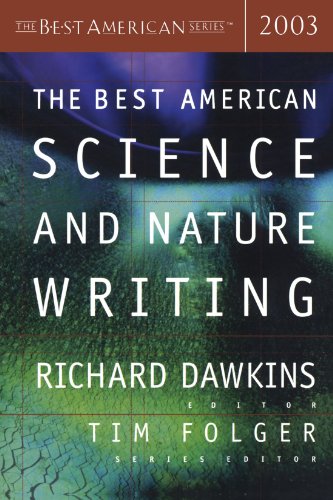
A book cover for The Best American Science and Nature Writing 2003 (The Best American Series); Science & Math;